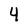
Character: 4